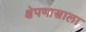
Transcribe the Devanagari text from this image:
क्षेपणास्त्राला